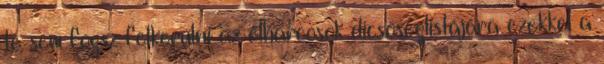
te sem fogsz felkerülni az élharcosok dicsőséglistájára ezekkel a